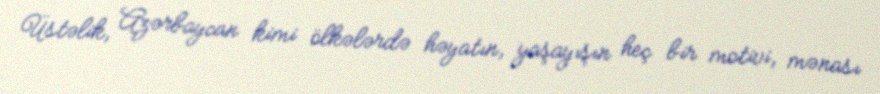
Üstəlik, Azərbaycan kimi ölkələrdə həyatın, yaşayışın heç bir motivi, mənası